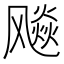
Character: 飚